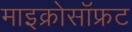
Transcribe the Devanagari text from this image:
माइक्रोसॉफ्रट